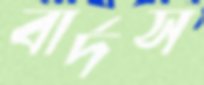
বার্দস